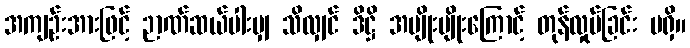
အကျဉ်းအားဖြင့် ဉာဏ်ဆယ်ပါးမျှ သိလျှင် ဒိဋ္ဌိ အမျိုးမျိုးကြောင့် တုန်လှုပ်ခြင်း မရှိ။